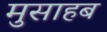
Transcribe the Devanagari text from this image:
मुसाहब